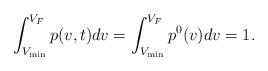
LaTeX: \begin{align*} \int_{V_{\min}}^{V_{F}} p(v, t) d v=\int_{V_{\min}}^{V_{F}} p^{0}(v) d v=1.\end{align*}